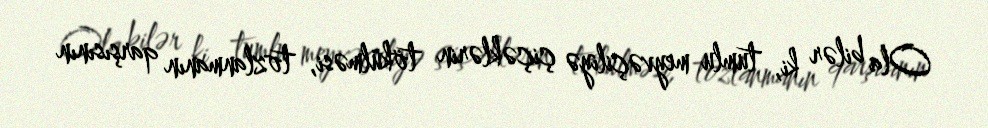
Ola bilər ki, tumlu meyvəçiliyə çiçəklərin tökülməsi, tozlanmanın qarşısının